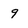
Character: 9